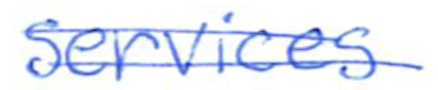
Text: services
Cross-out: mix
Writing tool: ballpoint